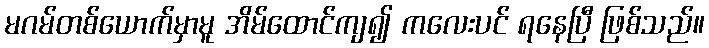
မဂမ်တစ်ယောက်မှာမူ အိမ်ထောင်ကျ၍ ကလေးပင် ရနေပြီ ဖြစ်သည်။